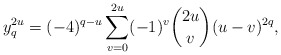
\begin{align*}y_q^{2u}=(-4)^{q-u}\sum_{v=0}^{2u}(-1)^v\binom{2u}{v}(u-v)^{2q},\end{align*}